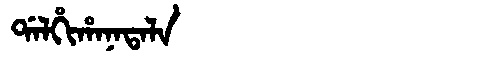
Manchu: ᡩᠠᠯᡥᡳᡥᠠᠨᠠᡨᠠᠯᠠ
Romanization: DALHIHANATALA